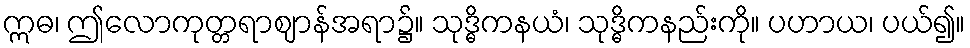
ဣဓ၊ ဤလောကုတ္တရာဈာန်အရာ၌။ သုဒ္ဓိကနယံ၊ သုဒ္ဓိကနည်းကို။ ပဟာယ၊ ပယ်၍။